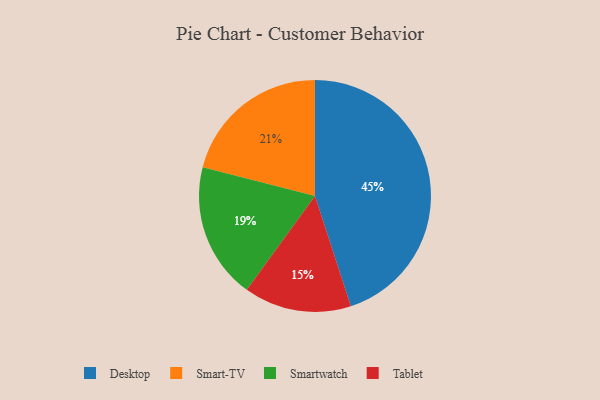
{"axis": {"x": "Category", "y": "Percentage"}, "legend": ["Desktop", "Smart-TV", "Smartwatch", "Tablet"], "data": [{"x": "Smart-TV", "y": 21, "type": "Smart-TV"}, {"x": "Desktop", "y": 45, "type": "Desktop"}, {"x": "Tablet", "y": 15, "type": "Tablet"}, {"x": "Smartwatch", "y": 19, "type": "Smartwatch"}]}